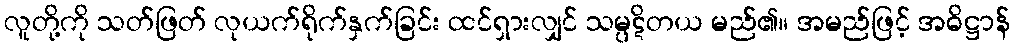
လူတို့ကို သတ်ဖြတ် လုယက်ရိုက်နှက်ခြင်း ထင်ရှားလျှင် သမ္ပဋိတယ မည်၏။ အမည်ဖြင့် အဓိဋ္ဌာန်